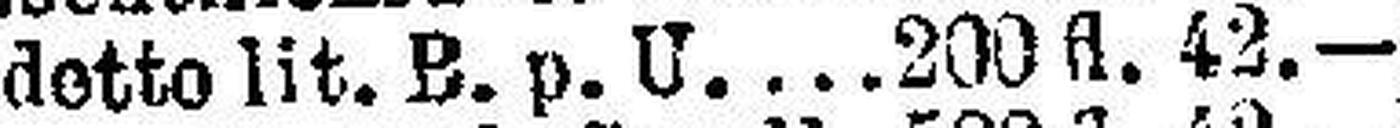
detto lit. B. p. U. 200 fl. 42.—